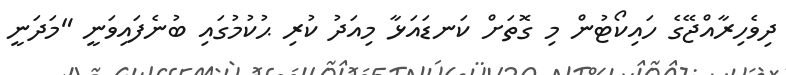
ދިވެހިރާއްޖޭގެ ހައިކޯޓުން މި ގޮތަށް ކަނޑައަޅާ މިއަދު ކުރި ޙުކުމުގައި ބުނެފައިވަނީ "މަދަނީ